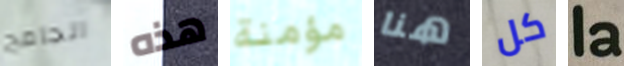
الجامح هذه مؤمنة هنا كل la